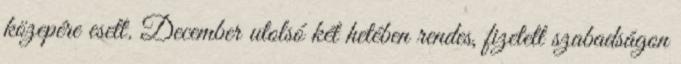
közepére esett. December utolsó két hetében rendes, fizetett szabadságon